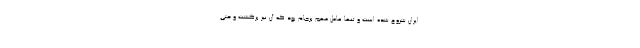
ایران شروع شده است و تنها عامل مهم برجام بود که آن نیز برگشت و حتی